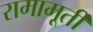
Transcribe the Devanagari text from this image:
रामामूर्ती